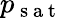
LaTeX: p_{\mathrm{~s~a~t~}}